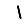
Digit: 1